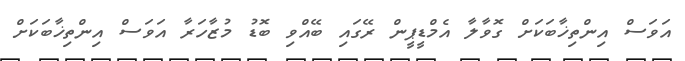
އަވަސް އިންތިޚާބަކަށް ގޮވާލާ އެމްޑީޕީން ރޭގައި ބޭއްވި ބޮޑު މުޒާހަރާ އަވަސް އިންތިޚާބަކަށް